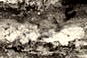
علمته